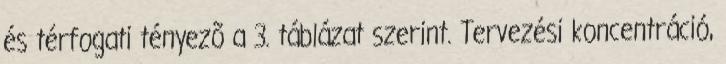
és térfogati tényezõ a 3. táblázat szerint. Tervezési koncentráció,